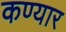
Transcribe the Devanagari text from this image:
कण्यार